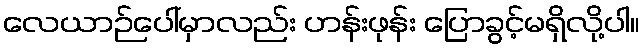
လေယာဉ်ပေါ်မှာလည်း ဟန်းဖုန်း ပြောခွင့်မရှိလို့ပါ။